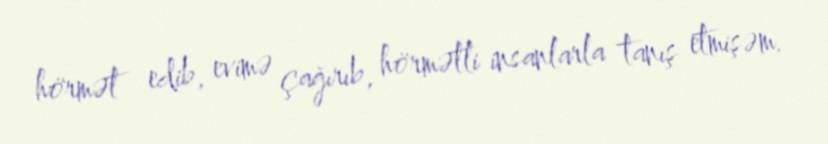
hörmət edib, evimə çağırıb, hörmətli insanlarla tanış etmişəm.